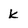
Character: k